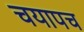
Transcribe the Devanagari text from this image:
चयापच